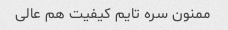
ممنون سره تایم کیفیت هم عالی